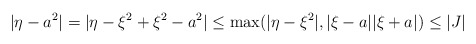
\begin{align*}|\eta - a^2| = |\eta - \xi^2 + \xi^2 - a^2| \leq \max(|\eta - \xi^2|, |\xi - a||\xi + a|) \leq |J|\end{align*}